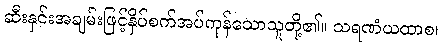
ဆီးနှင်းအချမ်းဖြင့်နှိပ်စက်အပ်ကုန်သောသူတို့၏။ သရဏံယထာစ၊